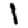
Digit: 1